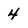
Character: 4